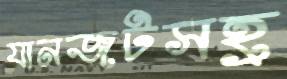
যানজটসহ্র